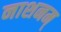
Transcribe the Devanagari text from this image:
नाशनम्‌